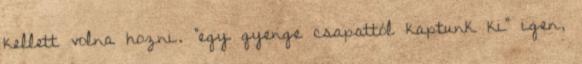
kellett volna hozni. "egy gyenge csapattól kaptunk ki" igen,